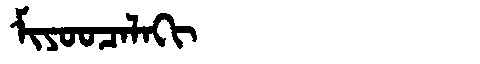
Manchu: ᠮᡳᠶᠣᠣᠴᠠᠯᠠᡴᡳ
Romanization: MIYOOCALAKI